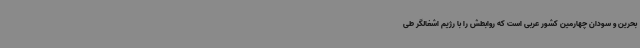
بحرین و سودان چهارمین کشور عربی است که روابطش را با رژیم اشغالگر طی